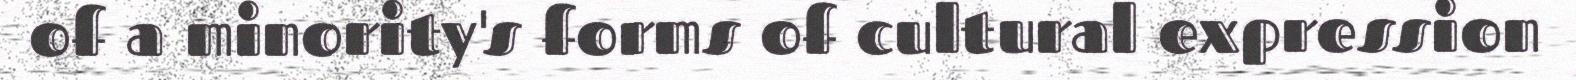
of a minority's forms of cultural expression